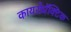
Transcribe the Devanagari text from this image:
कायरोप्रॅक्टिक